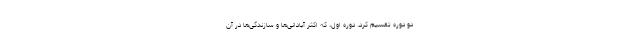
دو دوره تقسیم کرد. دوره اول، که اکثر آبادانی‌ها و سازندگی‌ها در آن